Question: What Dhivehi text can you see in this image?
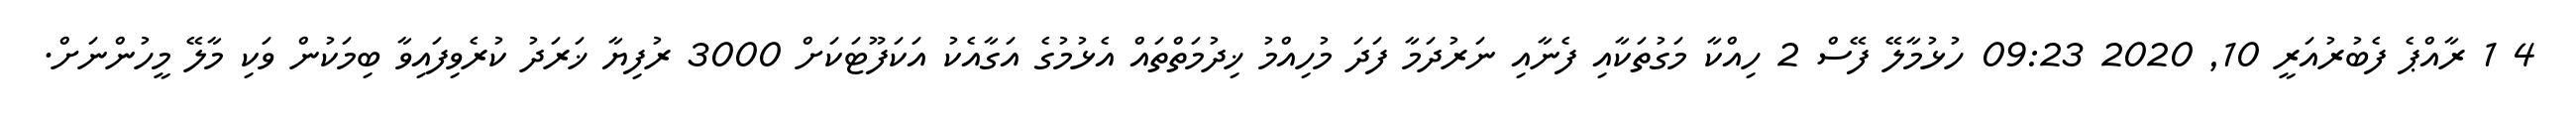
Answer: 4 1 ރާއްޕެ ފެބުރުއަރީ 10, 2020 09:23 ހުޅުމާލޭ ފޭސް 2 ހިއްކާ މަގުތަކާއި ފެނާއި ނަރުދަމާ ފަދަ މުހިއްމު ޚިދުމަތްތައް އެޅުމުގެ އަގާއެކު އަކަފޫޓަކަށް 3000 ރުފިޔާ ޚަރަދު ކުރެވިފައިވާ ބިމަކުން ވަކި މާލޭ މީހުންނަށް.